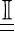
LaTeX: \underline{{\underline{{\mathbb{I}}}}}